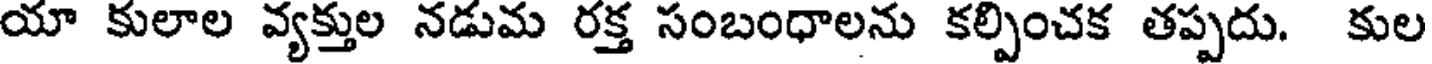
యా కులాల వ్యక్తుల నడుమ రక్త సంబంధాలను కల్పించక తప్పదు. కుల